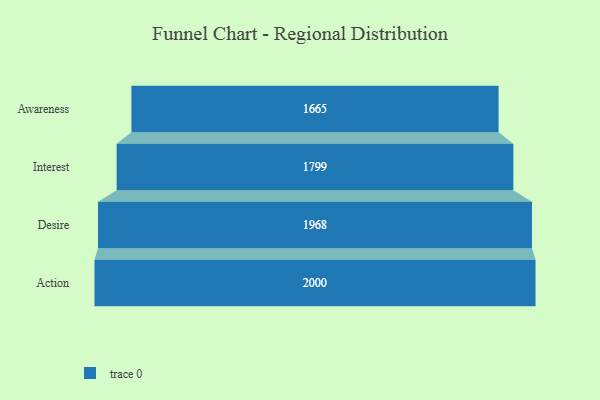
{"axis": {"x": "Stage", "y": "Value"}, "legend": [""], "data": [{"x": "Awareness", "y": 1665.0, "type": ""}, {"x": "Interest", "y": 1799.0, "type": ""}, {"x": "Desire", "y": 1968.0, "type": ""}, {"x": "Action", "y": 2000, "type": ""}]}